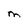
Character: M